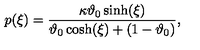
p ( \xi ) = \frac { \kappa \vartheta _ { 0 } \sinh ( \xi ) } { \vartheta _ { 0 } \cosh ( \xi ) + ( 1 - \vartheta _ { 0 } ) } ,